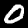
Digit: 0